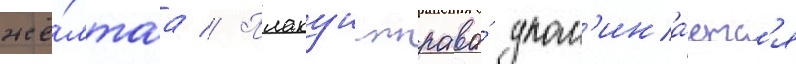
жё́лтаа // Плакун-трава́ упом'ина́етс'я